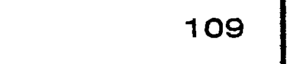
109